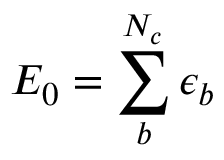
{ \cal E } _ { 0 } = \sum _ { b } ^ { N _ { c } } \epsilon _ { b }